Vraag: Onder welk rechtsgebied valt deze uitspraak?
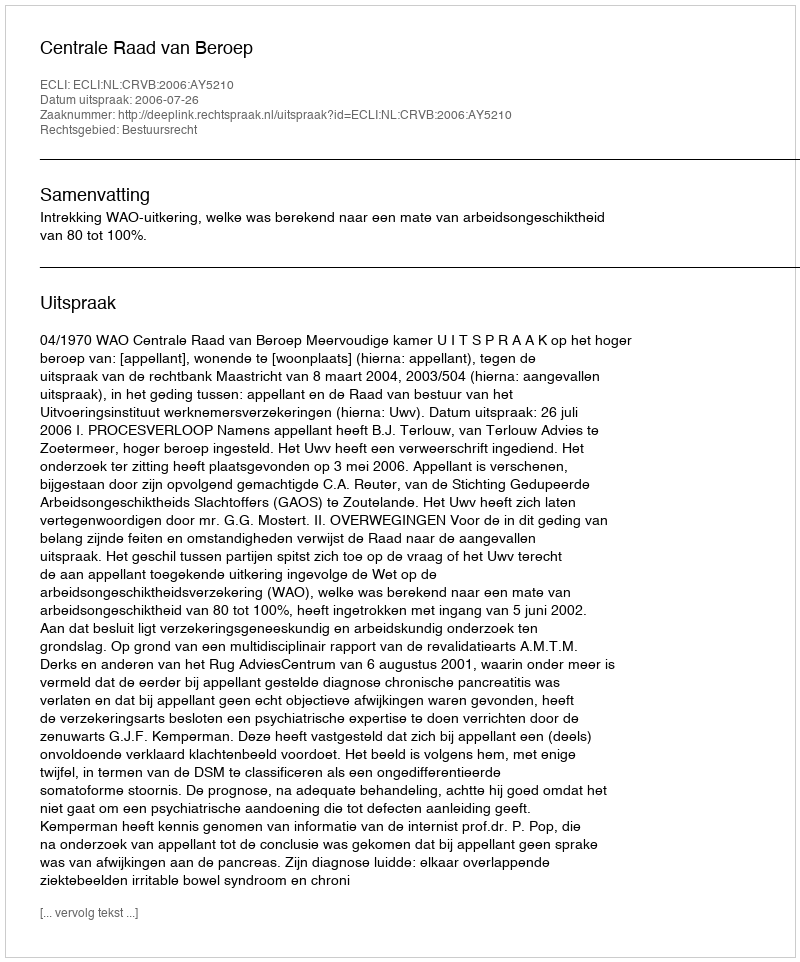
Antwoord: Bestuursrecht